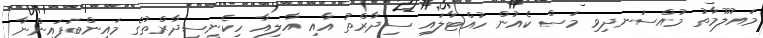
މައުލޫމާތު މުއްސަނދިވި މަސް ކެއުން ހުއްޓާލައި ސިދާރްތު އާއި އާލިއާ ހިކެނީސިދާރްތުގެ މައިންބަފައިންނާ